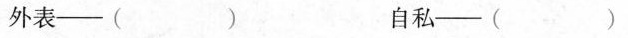
外表——() 自私——()